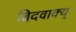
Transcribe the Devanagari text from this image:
ब्रिदवाक्य्